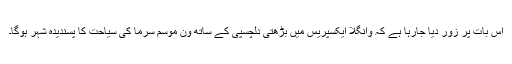
اس بات پر زور دیا جارہا ہے کہ وانگلا ایکسپریس میں بڑھتی دلچسپی کے ساتھ ون موسم سرما کی سیاحت کا پسندیدہ شہر ہوگا۔